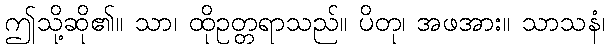
ဤသို့ဆို၏။ သာ၊ ထိုဥတ္တရာသည်။ ပိတု၊ အဖအား။ သာသနံ၊